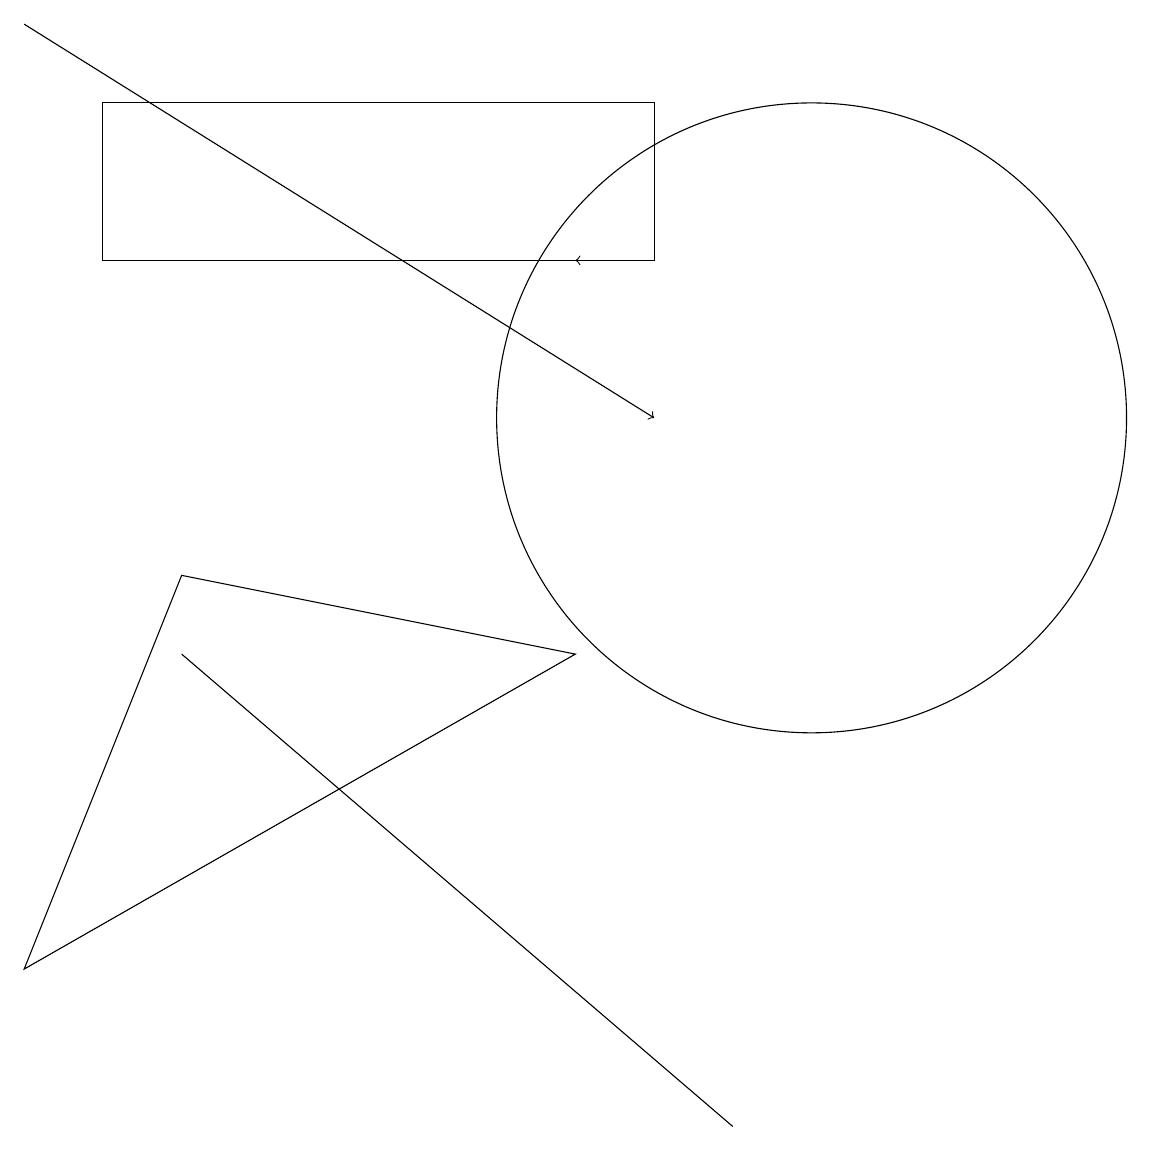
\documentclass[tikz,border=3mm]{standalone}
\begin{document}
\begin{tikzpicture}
\draw (9,1) -- (9,1) -- (2,7) -- cycle;
\draw (8,12) rectangle (1,14);
\draw (10,10) circle (4);
\draw (0,3) -- (2,8) -- (7,7) -- cycle;
\draw[->] (0,15) -- (8,10);
\draw[->] (8,12) -- (7,12);
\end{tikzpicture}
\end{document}